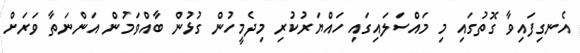
އެނގިފައިވާ ގޮތުގައި މި މައްސަލައިގައި ހައްޔަރުކުރި މިދެމީހުން ގުޅުން ބާއްވަމުން އަންނަތާ ވަރަށް